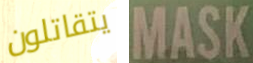
يتقاتلون MASK